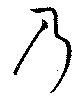
乃